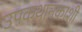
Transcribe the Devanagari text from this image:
उपकथानकाशी